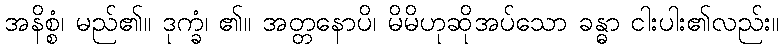
အနိစ္စံ၊ မည်၏။ ဒုက္ခံ၊ ၏။ အတ္တနောပိ၊ မိမိဟုဆိုအပ်သော ခန္ဓာ ငါးပါး၏လည်း။